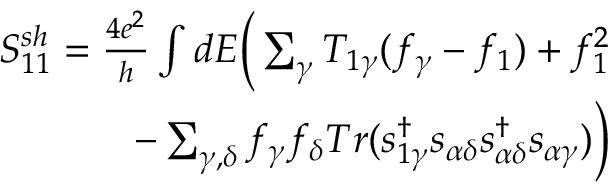
\begin{array} { r } { { S _ { 1 1 } ^ { s h } = \frac { 4 e ^ { 2 } } { h } \int d E \bigg ( \sum _ { \gamma } T _ { 1 \gamma } ( f _ { \gamma } - f _ { 1 } ) + f _ { 1 } ^ { 2 } } } \\ { { - \sum _ { \gamma , \delta } f _ { \gamma } f _ { \delta } T r ( s _ { 1 \gamma } ^ { \dagger } s _ { \alpha \delta } s _ { \alpha \delta } ^ { \dagger } s _ { \alpha \gamma } ) \bigg ) } } \end{array}